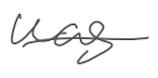
Text: was
Cross-out: single-line
Writing tool: digital_gray